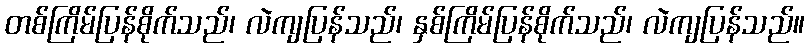
တစ်ကြိမ်ပြန်စိုက်သည်၊ လဲကျပြန်သည်၊ နှစ်ကြိမ်ပြန်စိုက်သည်၊ လဲကျပြန်သည်။